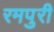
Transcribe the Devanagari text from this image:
रमपुरी